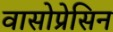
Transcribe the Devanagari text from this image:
वासोप्रेसिन